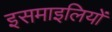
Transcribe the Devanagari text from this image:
इसमाइलियों